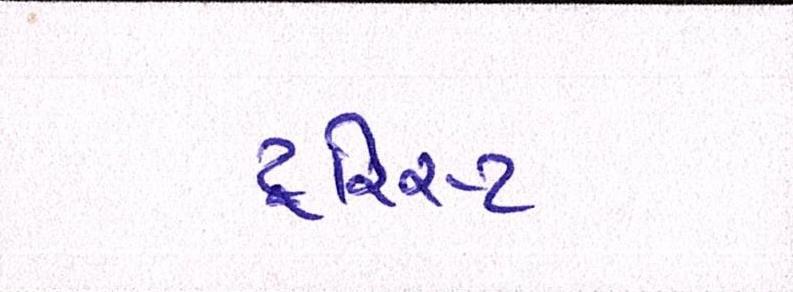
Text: ટૂરિસ્ટ